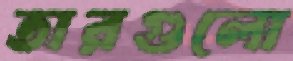
তারগুলো